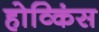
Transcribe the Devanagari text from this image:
होव्किंस